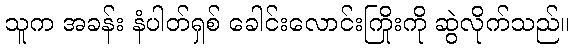
သူက အခန်း နံပါတ်ရှစ် ခေါင်းလောင်းကြိုးကို ဆွဲလိုက်သည်။